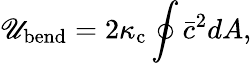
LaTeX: \mathscr{U}_{{\mathrm{{bend}}}}=2\kappa_{\mathrm{{c}}}\oint\bar{{c}}^{2}dA,